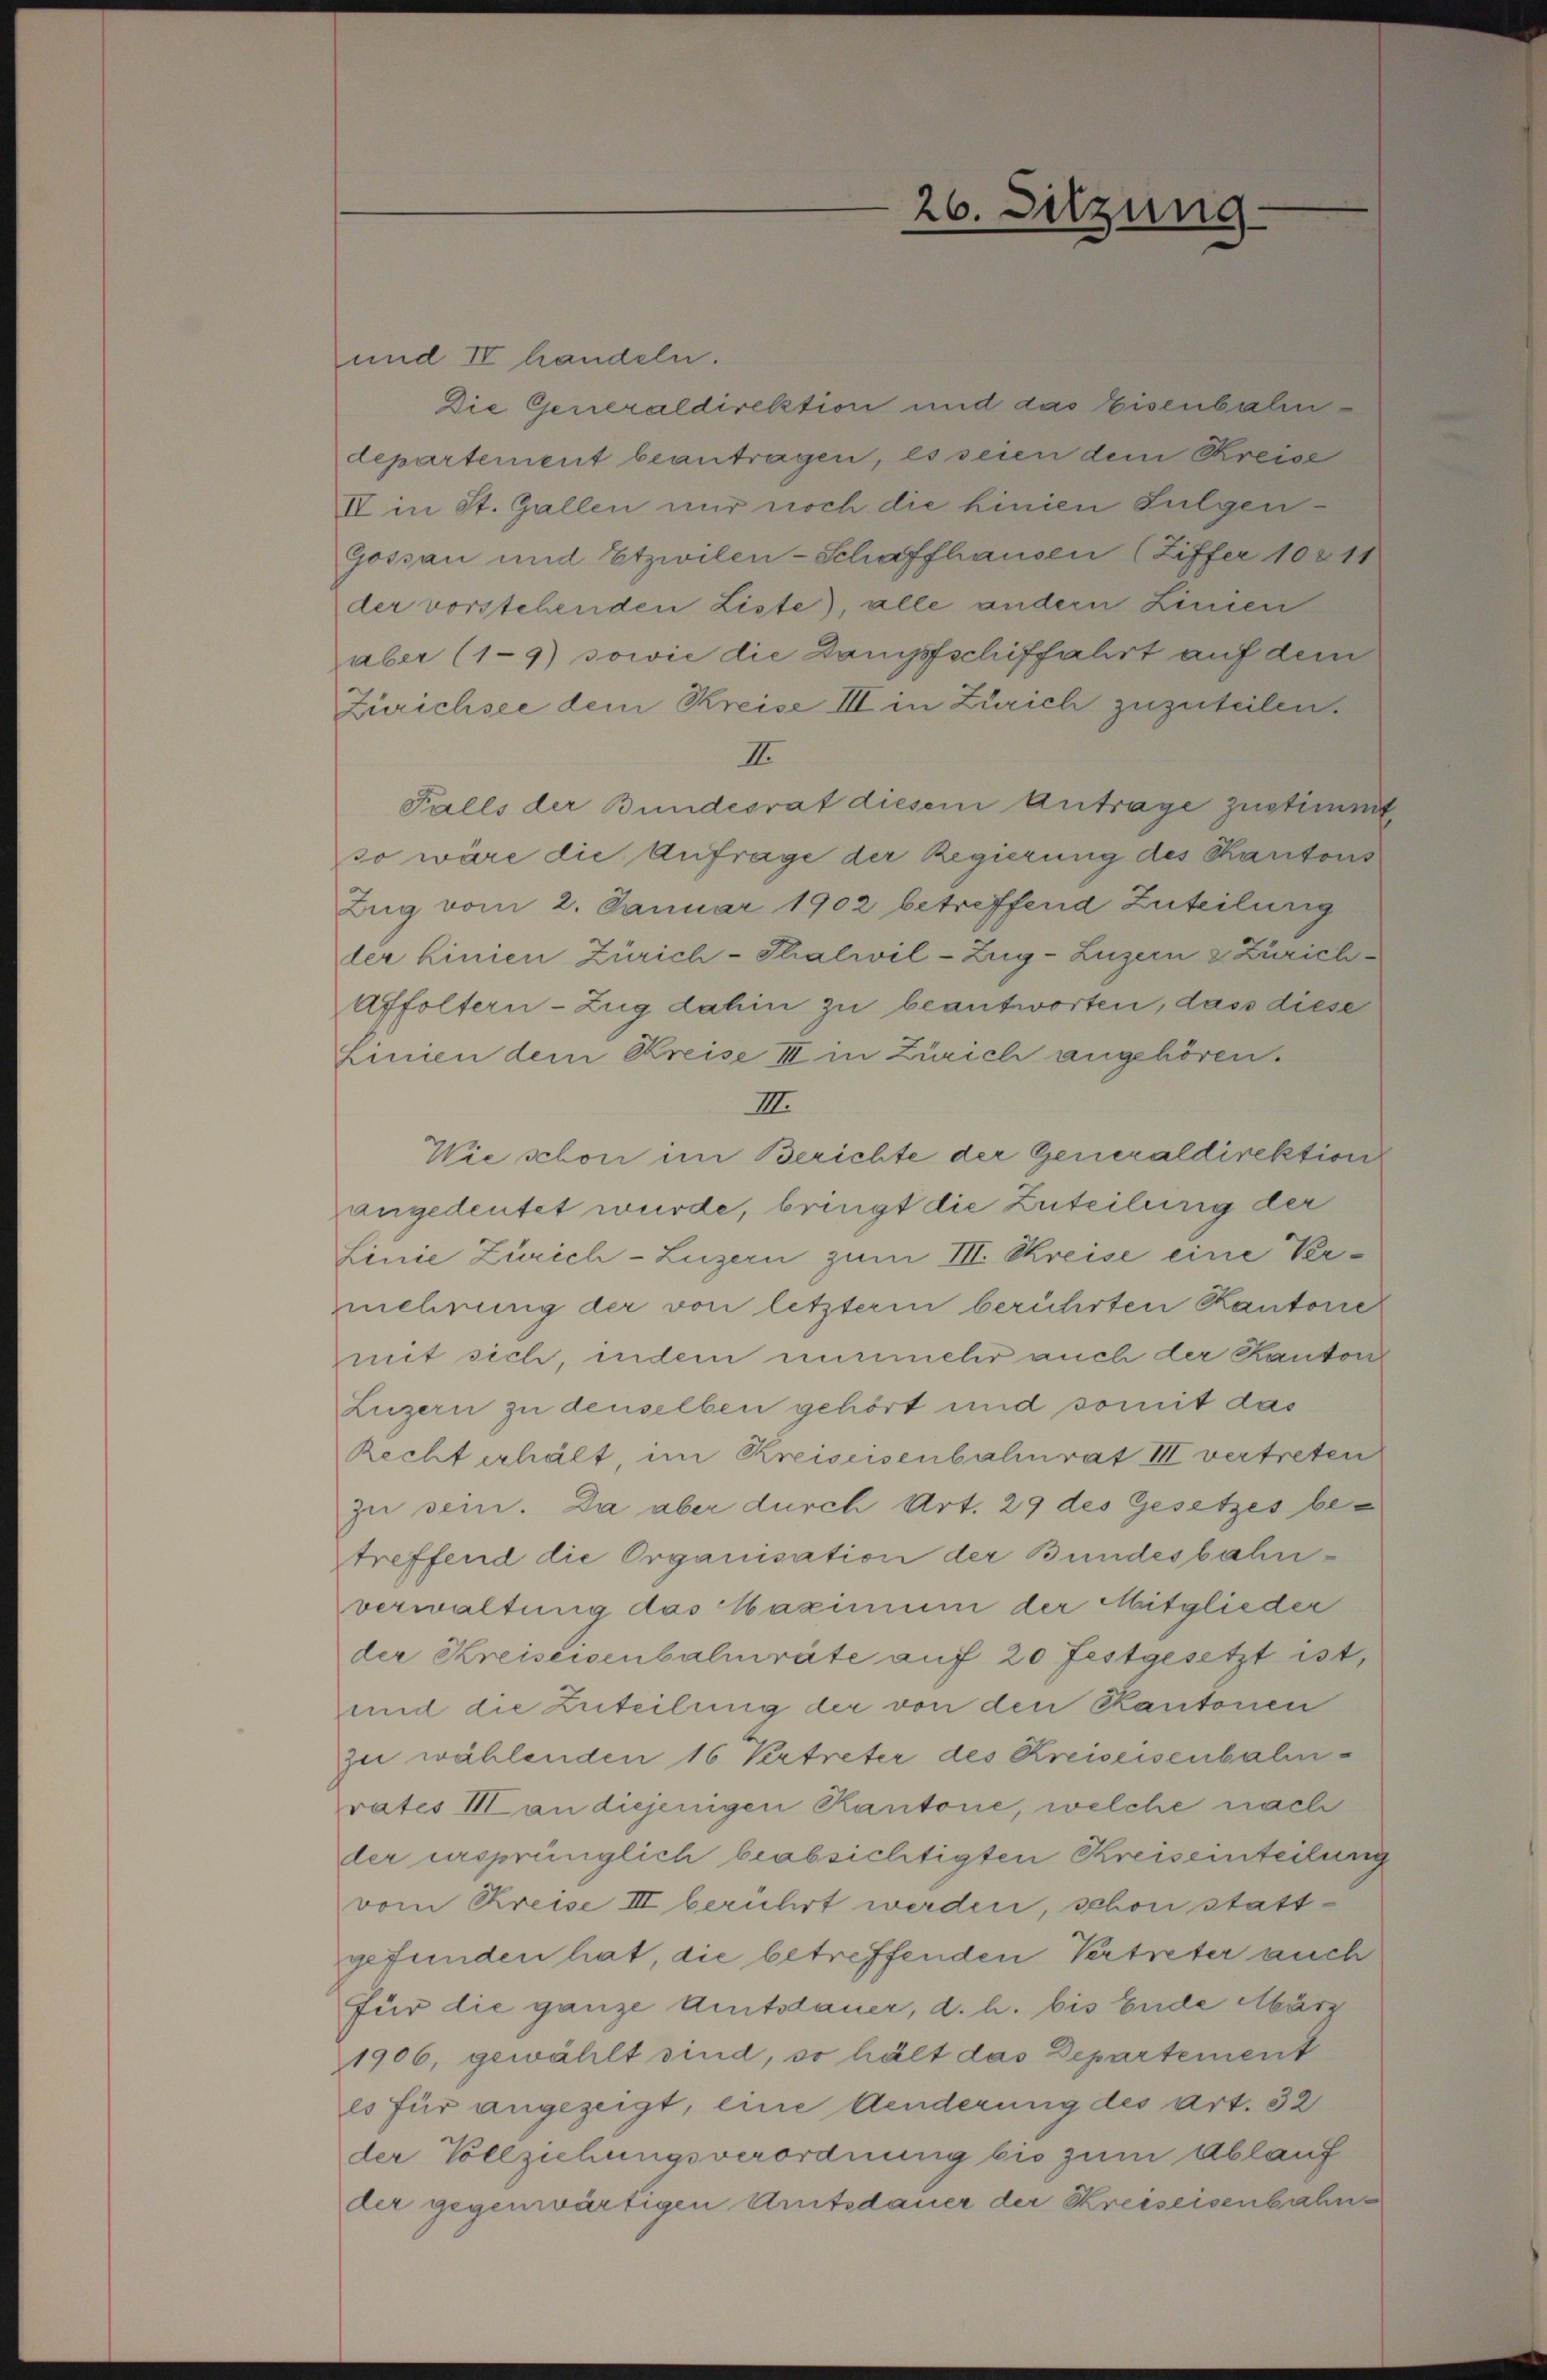
und IV handeln.
Die Generaldirektion und das Eisenbahndepartement beantragen, es seien dem Kreise
IV in St. Gallen nur noch die hinien Fulgen
Gossau und Etzwilen-Schaffhausen (Ziffer 10811
der vorstehenden Liste), alle andern Linien
aber (19) sowie die Dampfschiffahrt auf dem
Zürichsee dem Kreise III in Zürich zuzuteilen.
II.
Falls der Bundesrat diesem Antrage zustimmt
so wäre die Anfrage der Regierung des Kantons
Zug vom 2. Januar 1902 betreffend Zuteilung
ler Linien Zürich-Thalwil-Zug–Luzern & Zürich
Affoltern-Zug dahin zu beantworten, dass diese
Linien dem Kreise III in Zürich angehören.
III.
Wie schon im Berichte der Generaldirektion
angedeutet wurde, bringt die Zuteilung der
Linie Zürich–Luzern zum III. Kreise eine Vermehrung der von letzterm berührten Kantone
mit sich, indem nunmehr auch der Kantone
Luzern zu denselben gehört und somit das
Recht erhält, im Kreiseisenbahnrat III vertreten
zu sein. Da aber durch Art. 29 des Gesetzes betreffend die Organisation der Bundesbahnverwaltung das Maximum der Mitglieder
der Kreiseisenbalmräte auf 20 festgesetzt ist,
und die Zuteilung der von den Kantonen
zu wählenden 16 Vertreter des Kreiseisenbahnrates II an diejenigen Kantone, welche nach
der ursprünglich beabsichtigten Kreiseinteilung
vom Kreise III berührt werden, schon stattgefunden hat, die betreffenden Vertreter auch
für die ganze Amtsdauer, d. h. bis Ende März
1906, gewählt sind, so hält das Departement
es für angezeigt, eine Aenderung des Art. 32
der Vollziehungsverordnung bis zum Ablauf
der gegenwärtigen Amtsdauer der Kreiseisenbahn¬

26. Sitzune